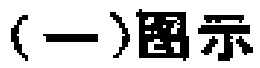
（一）图示